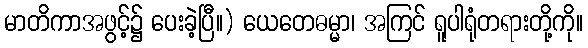
မာတိကာအဖွင့်၌ ပေးခဲ့ပြီ။) ယေတေဓမ္မာ၊ အကြင် ရူပါရုံတရားတို့ကို။